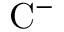
\mathrm { C } ^ { - }